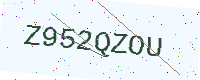
Text: Z952QZOU